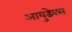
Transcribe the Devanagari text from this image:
आयुडेक्स